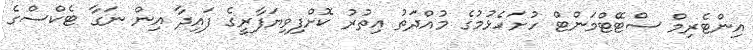
އިންޓެރިމް ސްޓޭޓްމަންޓް ހުށަހެޅުމުގެ މުއްދަތު އިތުރު ކޮށްފިވިޔަފާރީގެ ފައިދާ އިން ނަގާ ޓެކްސްގެ